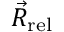
{ \vec { R } _ { \mathrm { r e l } } }